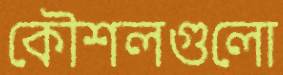
কৌশলগুলো